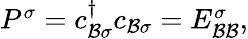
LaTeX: \begin{array}{r}{P^{\sigma}={c}_{\mathcal{B}\sigma}^{\dagger}{c}_{\mathcal{B}\sigma}=E_{\mathcal{BB}}^{\sigma},}\end{array}